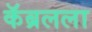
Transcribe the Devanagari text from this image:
कॅब्रलला